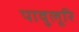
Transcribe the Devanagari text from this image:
पावुलूरि